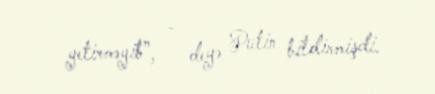
yetirməyib”, - deyə Putin bildirmişdi.